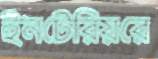
ইনটেরিয়রে